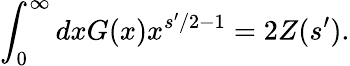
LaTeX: \int_{0}^{\infty}dxG(x)x^{s^{\prime}/2-1}=2Z(s^{\prime}).